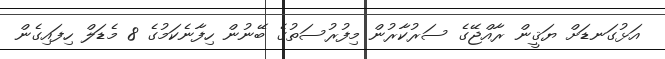
އަޅުގަނޑަށް ޔަޤީން ރާއްޖޭގެ ސަރުކާރުން މިފުރުސަތުގެ ބޭނުން ހިފާނެކަމުގެ 8 މެޑަލް ހިފައިގެން